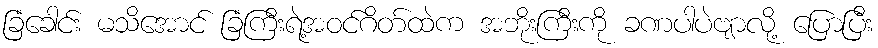
ခြံခေါင်း မသိအောင် ခြံကြီးရဲ့အဝင်ဂိတ်ထဲက အဘိုးကြီးကို ခဏပါပဲဗျာလို့ ပြောပြီး